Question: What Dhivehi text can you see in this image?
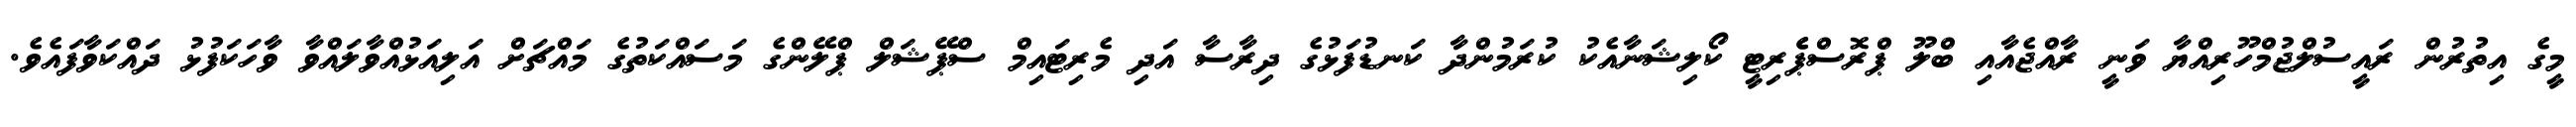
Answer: މީގެ އިތުރުން ރައީސުލްޖުމްހޫރިއްޔާ ވަނީ ރާއްޖެއާއި ބްލޫ ޕްރޮސްޕެެރިޓީ ކޯލިޝަނާއެކު ކުރަމުންދާ ކަނޑުފަޅުގެ ދިރާސާ އަދި މެރިޓައިމް ސްޕޭޝަލް ޕްލޭންގެ މަސައްކަތުގެ މައްޗަށް އަލިއަޅުއްވާލައްވާ ވާހަކަފުޅު ދައްކަވާފައެވެ.